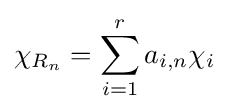
\chi _{R_{n}}=\sum _{i=1}^{r}a_{i,n}\chi _{i}